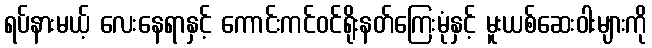
ရပ်နားမယ့် လေးနေရာနှင့် ကောင်းကင်ဝင်ရိုးနတ်ကြေးမုံနှင့် မူးယစ်ဆေးဝါးများကို